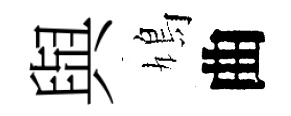
與鳩曲